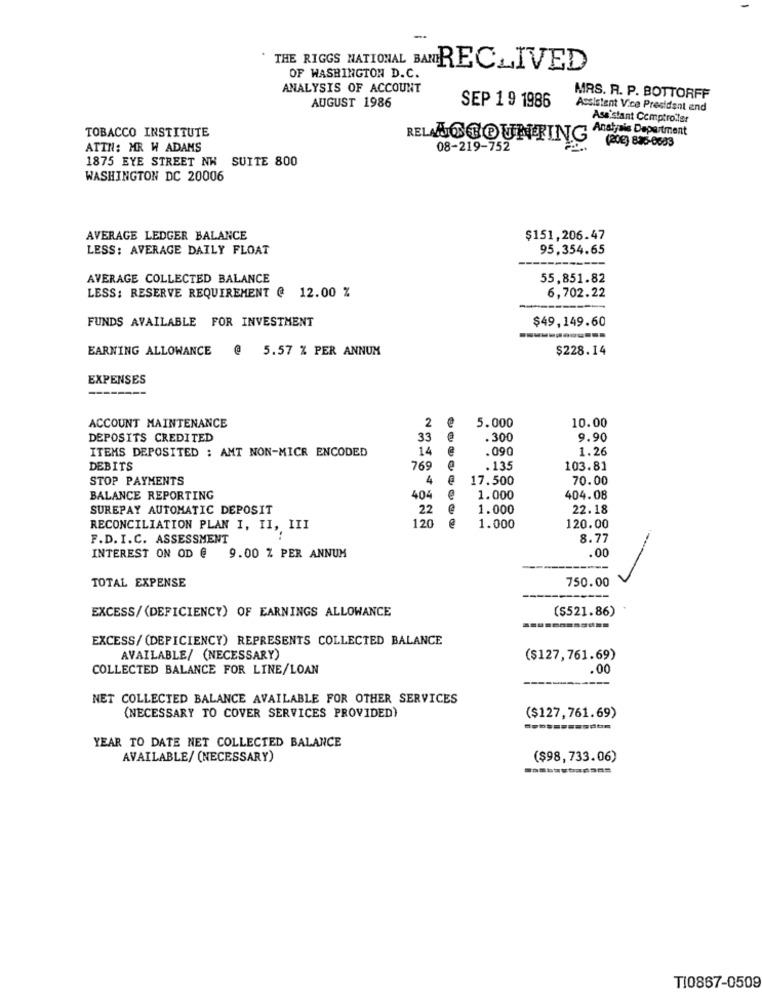
THE RIGGS NATIONAL BATRECLIVED
OF WASHINGTON D.C.
ANALYSIS OF ACCOUNT
AUGUST 1986
SEP 1 9 1986
MRS. R. P. BOTTORFF
Assistent Vice President end
Assistant Comptroller
TOBACCO INSTITUTE
Analysis Department
REL ACCOUNTING
ATTN: MR W ADAMS
08-219-752
(208) 836-0683
1875 EYE STREET NW SUITE 800
WASHINGTON DC 20006
AVERAGE LEDGER BALANCE
$151,206.47
LESS: AVERAGE DAILY FLOAT
95,354.65
AVERAGE COLLECTED BALANCE
55,851.82
LESS: RESERVE REQUIREMENT @ 12.00 %
6,702.22
FUNDS AVAILABLE FOR INVESTMENT
$49,149.60
EARNING ALLOWANCE
5.57 % PER ANNUM
$228.14
EXPENSES
ACCOUNT MAINTENANCE
2 @
5.000
10.00
DEPOSITS CREDITED
33
.300
9.90
ITEMS DEPOSITED : AMT NON-MICR ENCODED
14
.090
1.26
DEBITS
769
. 135
103.81
STOP PAYMENTS
4
17.500
70.00
BALANCE REPORTING
404
1.000
404.08
SUREPAY AUTOMATIC DEPOSIT
22
1.000
22.18
120
RECONCILIATION PLAN I, II, III
1.000
120.00
F.D. I.C. ASSESSMENT
8.77
.00
INTEREST ON OD @ 9.00 % PER ANNUM
750.00
TOTAL EXPENSE
EXCESS/(DEFICIENCY) OF EARNINGS ALLOWANCE
($521.86)
EXCESS/ (DEFICIENCY) REPRESENTS COLLECTED BALANCE
AVAILABLE/ (NECESSARY)
($127,761.69)
COLLECTED BALANCE FOR LINE/LOAN
1.00
NET COLLECTED BALANCE AVAILABLE FOR OTHER SERVICES
(NECESSARY TO COVER SERVICES PROVIDED)
($127,761.69)
YEAR TO DATE NET COLLECTED BALANCE
AVAILABLE/ (NECESSARY)
($98,733.06)
TI0867-0509